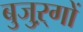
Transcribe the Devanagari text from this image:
बुजुऱ्गों